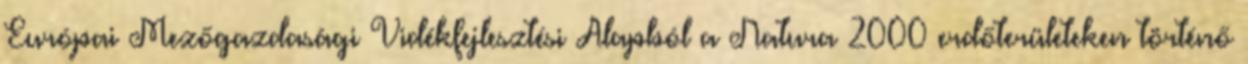
Európai Mezőgazdasági Vidékfejlesztési Alapból a Natura 2000 erdőterületeken történő